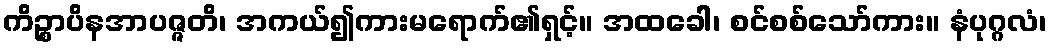
ကိဉ္စာပိနအာပဇ္ဇတိ၊ အကယ်၍ကားမရောက်၏ရှင့်။ အထခေါ၊ စင်စစ်သော်ကား။ နံပုဂ္ဂလံ၊